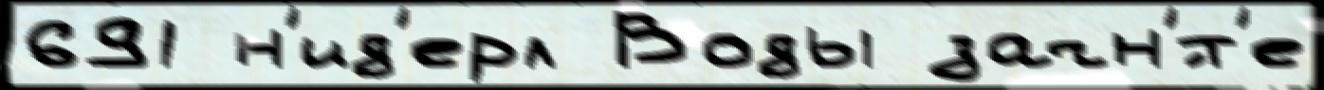
691 н'ид'ерл Воды зачн'́т'е